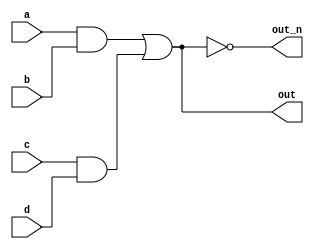
module top_module(
    input a, b, c, d,
    output out, out_n
);

wire anb;
wire cnd;
wire afor;

assign anb = a && b;
assign cnd = c && d;
assign afor = anb || cnd;

assign out = afor;
assign out_n = !afor;

endmodule